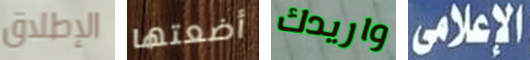
الإطلاق أضعتها واريدك الإعلامي